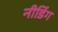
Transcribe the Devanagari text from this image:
नीडिंग